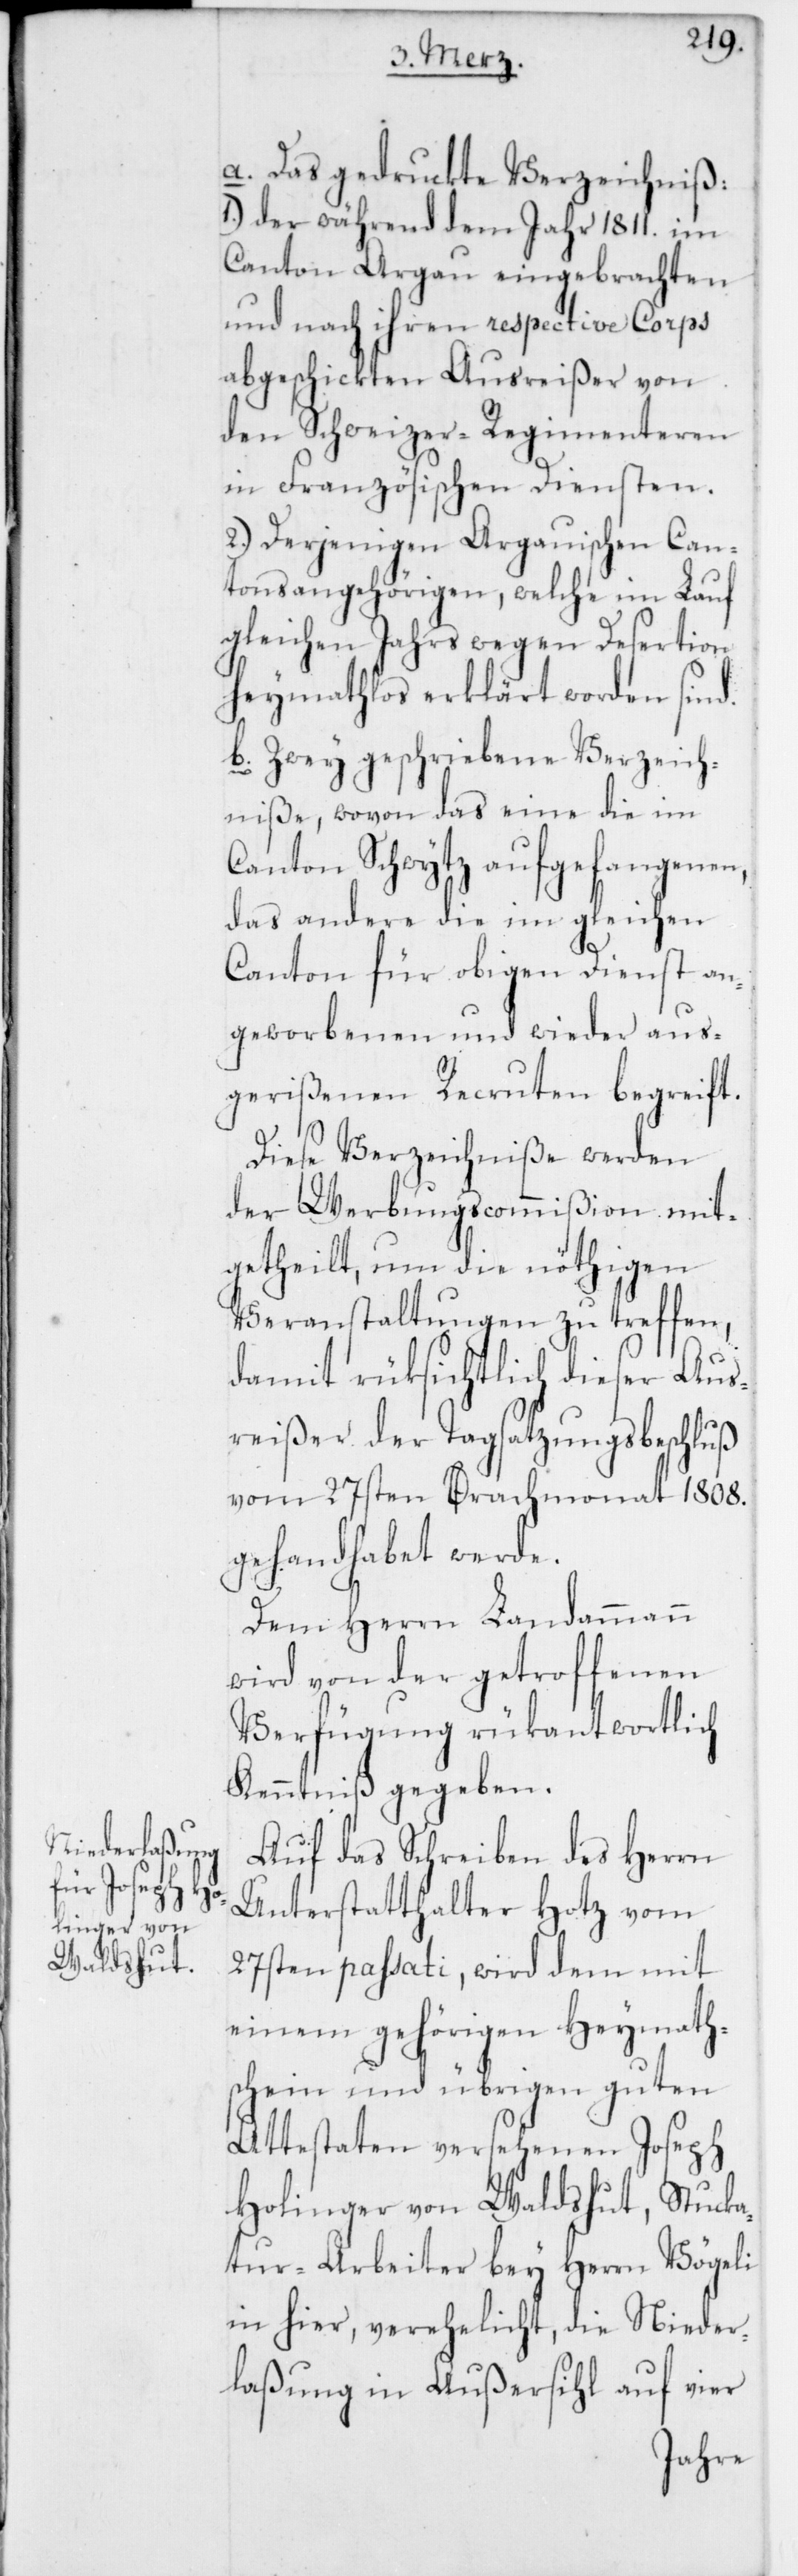
a. Das gedruckte Verzeichniß:
1.) der während dem Jahr 1811. im
Canton Argau eingebrachten
und nach ihren respective Corps
abgeschickten Ausreißer von
den Schweizer-Regimenteren
in Französischen Diensten.
2.) Derjenigen Argauischen Can¬
tonsangehörigen, welche im Lauf
gleichen Jahrs wegen Desertion
heymathlos erklärt worden sind.
b. Zwey geschriebene Verzeich¬
niße, wovon das eine die im
Canton Schwytz aufgefangenen,
das andere die im gleichen
Canton für obigen Dienst an¬
geworbenen und wieder aus¬
gerißenen Recruten begreift.
Diese Verzeichniße werden
der Werbungscommißion mit¬
getheilt, um die nöthigen
Veranstaltungen zu treffen,
damit rüksichtlich dieser Aus¬
reißer der Tagsatzungsbeschluß
vom 27sten Brachmonat 1808.
gehandhabet werde.
Dem Herrn Landammann
wird von der getroffenen
Verfügung rükantwortlich
Kenntniß gegeben.
Auf das Schreiben des Herrn
Unterstatthalter Hotz vom
27sten passati, wird dem mit
einem gehörigen Heymaths¬
chein und übrigen guten
Attestaten versehenen Joseph
Holinger von Waldshut, Stucka¬
tur-Arbeiter bey Herrn Vögeli
in hier, verehelicht, die Nieder¬
laßung in Außersihl auf vier